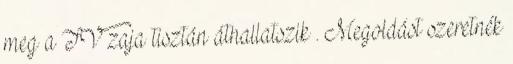
meg a TV zaja tisztán áthallatszik . Megoldást szeretnék